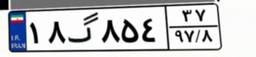
۱۸گ۸۵۴۳۷